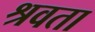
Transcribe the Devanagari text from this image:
श्रवता